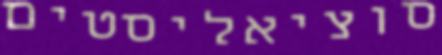
סוציאליסטים